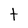
Character: t